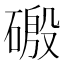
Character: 磤